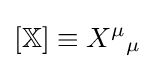
[\mathbb {X} ]\equiv X^{\mu }{}_{\mu }